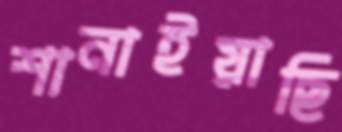
শানাইয়াছি